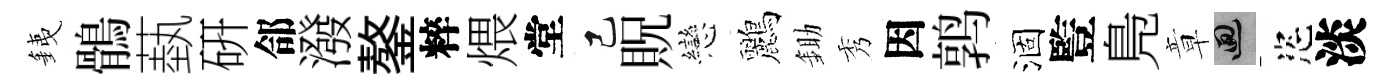
銕鶻蓺硏郃潑鏊粹煨堂己貺戀鸝鋤秀因鹑涸䜿鳬章回恣淡